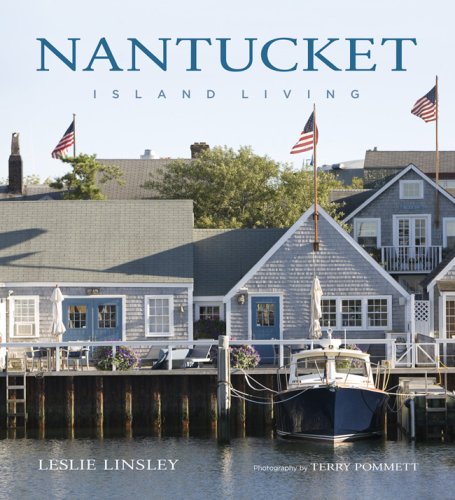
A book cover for Nantucket: Island Living; Leslie Linsley; Arts & Photography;